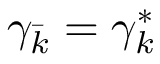
\gamma _ { \bar { k } } = \gamma _ { k } ^ { \ast }